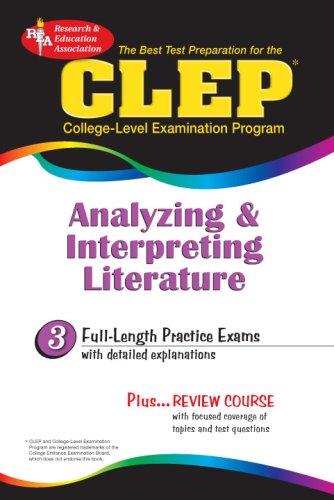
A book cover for CLEP Analyzing & Interpreting Literature (REA) - The Best Test Prep for the CLEP (Test Preps); The Staff of REA; Test Preparation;